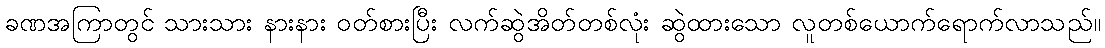
ခဏအကြာတွင် သားသား နားနား ဝတ်စားပြီး လက်ဆွဲအိတ်တစ်လုံး ဆွဲထားသော လူတစ်ယောက်ရောက်လာသည်။